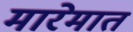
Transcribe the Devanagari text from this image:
मारेमात